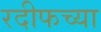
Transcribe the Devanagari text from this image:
रदीफच्या